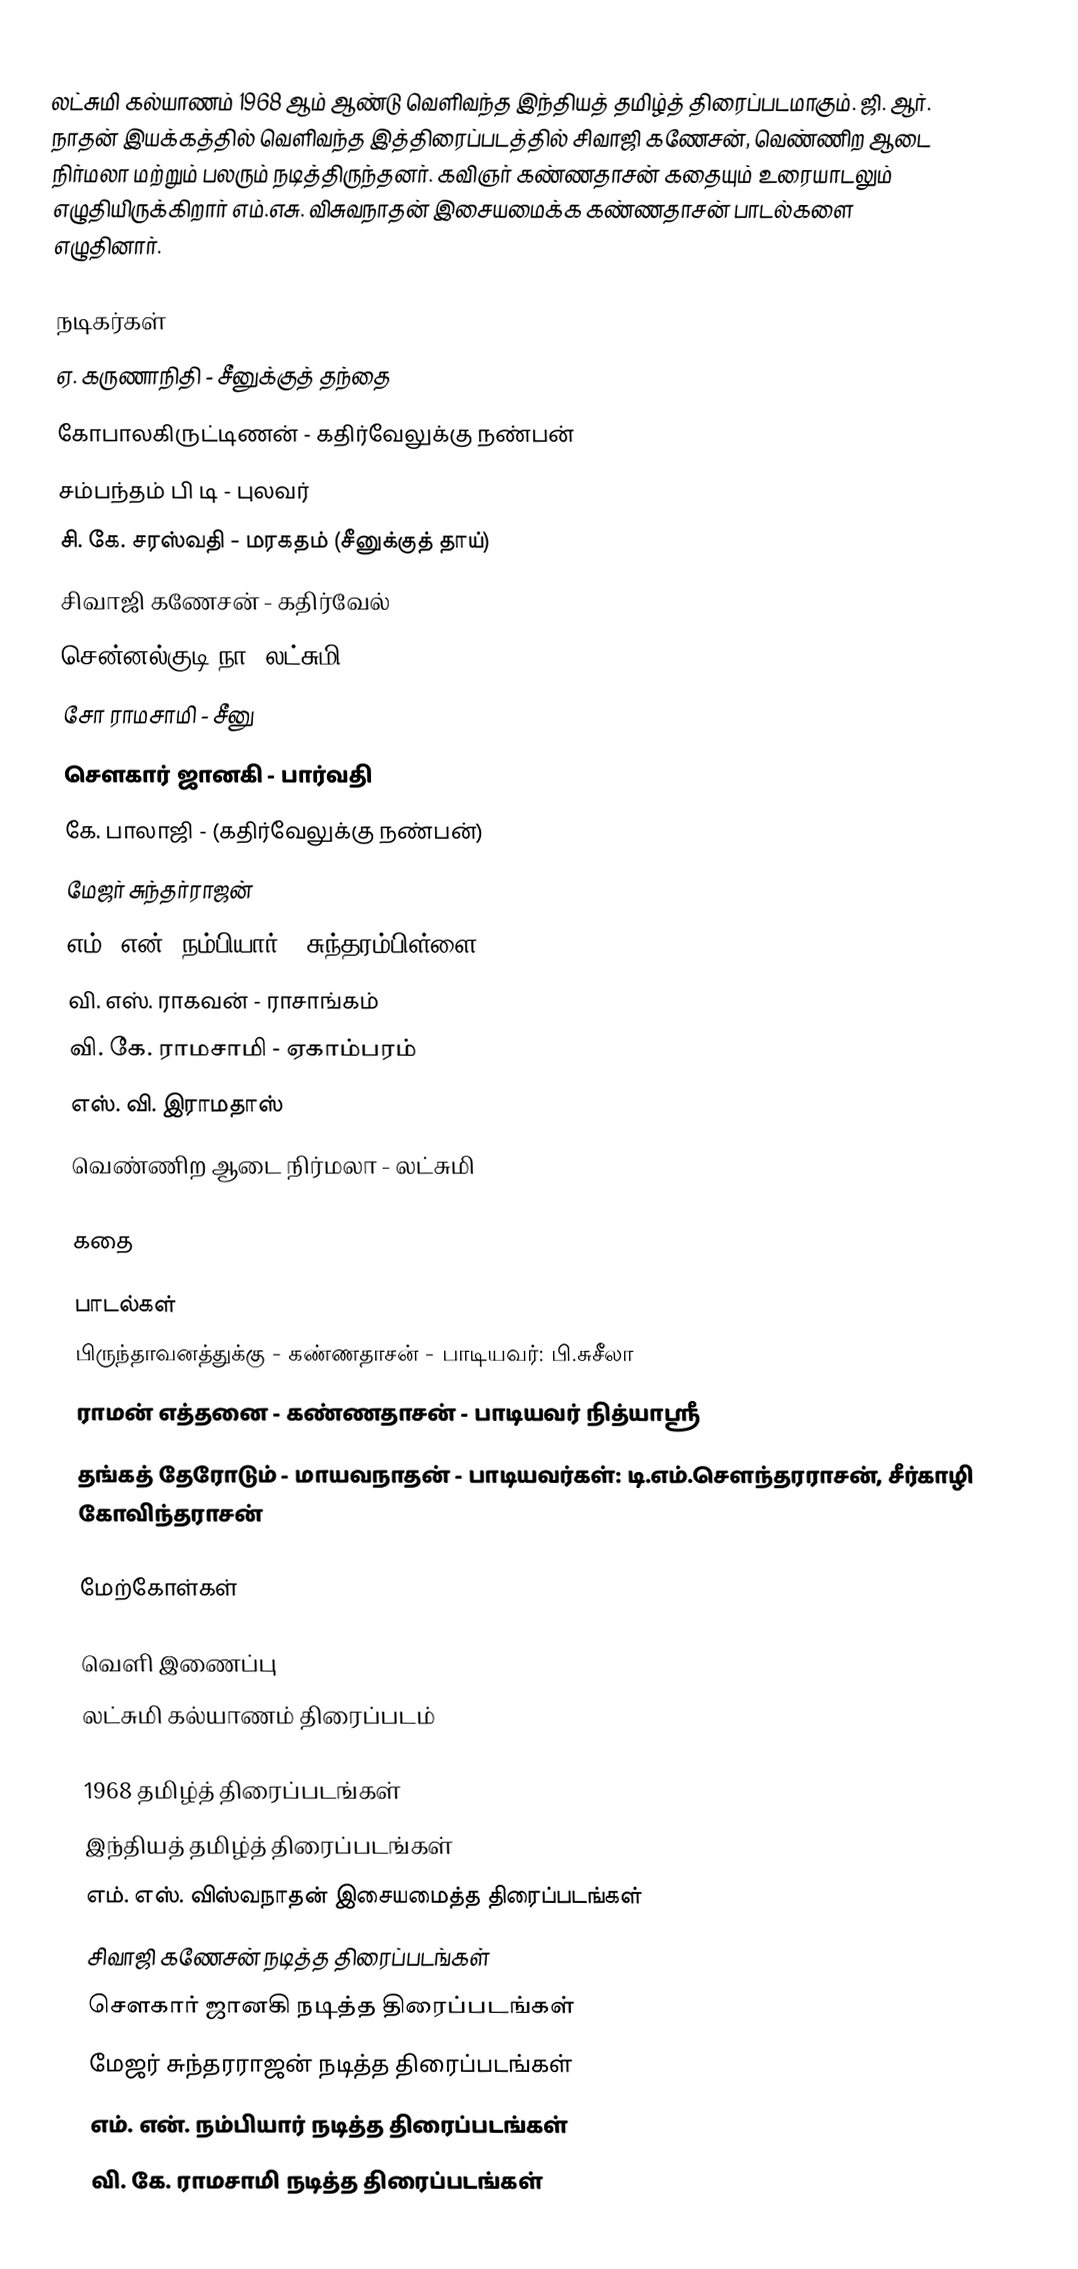
லட்சுமி கல்யாணம் 1968 ஆம் ஆண்டு வெளிவந்த இந்தியத் தமிழ்த் திரைப்படமாகும். ஜி. ஆர். நாதன் இயக்கத்தில் வெளிவந்த இத்திரைப்படத்தில் சிவாஜி கணேசன், வெண்ணிற ஆடை நிர்மலா மற்றும் பலரும் நடித்திருந்தனர். கவிஞர் கண்ணதாசன் கதையும் உரையாடலும் எழுதியிருக்கிறார்  எம்.எசு. விசுவநாதன் இசையமைக்க கண்ணதாசன் பாடல்களை எழுதினார்.

நடிகர்கள்
 ஏ. கருணாநிதி - சீனுக்குத் தந்தை
 கோபாலகிருட்டிணன் - கதிர்வேலுக்கு நண்பன்
 சம்பந்தம் பி டி - புலவர்
 சி. கே. சரஸ்வதி - மரகதம் (சீனுக்குத் தாய்)
 சிவாஜி கணேசன் - கதிர்வேல்
 சென்னல்குடி நா. லட்சுமி -
 சோ ராமசாமி - சீனு
 சௌகார் ஜானகி - பார்வதி
 கே. பாலாஜி -  (கதிர்வேலுக்கு நண்பன்)
 மேஜர் சுந்தர்ராஜன்
 எம். என். நம்பியார் - சுந்தரம்பிள்ளை
 வி. எஸ். ராகவன் - ராசாங்கம்
 வி. கே. ராமசாமி - ஏகாம்பரம்
 எஸ். வி. இராமதாஸ்
 வெண்ணிற ஆடை நிர்மலா - லட்சுமி

கதை

பாடல்கள்
 பிருந்தாவனத்துக்கு - கண்ணதாசன் - பாடியவர்: பி.சுசீலா
 ராமன் எத்தனை - கண்ணதாசன் - பாடியவர் நித்யாஶ்ரீ
 தங்கத் தேரோடும் - மாயவநாதன் - பாடியவர்கள்: டி.எம்.செளந்தரராசன், சீர்காழி கோவிந்தராசன்

மேற்கோள்கள்

வெளி இணைப்பு
  லட்சுமி கல்யாணம் திரைப்படம்

1968 தமிழ்த் திரைப்படங்கள்
இந்தியத் தமிழ்த் திரைப்படங்கள்
எம். எஸ். விஸ்வநாதன் இசையமைத்த திரைப்படங்கள்
சிவாஜி கணேசன் நடித்த திரைப்படங்கள்
சௌகார் ஜானகி நடித்த திரைப்படங்கள்
மேஜர் சுந்தரராஜன் நடித்த திரைப்படங்கள்
எம். என். நம்பியார் நடித்த திரைப்படங்கள்
வி. கே. ராமசாமி நடித்த திரைப்படங்கள்